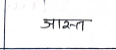
मजकूर: ञास्त